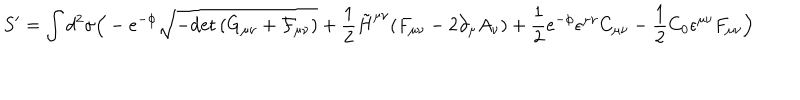
LaTeX: S ^ { \prime } = \int d ^ { 2 } \sigma \Big ( - e ^ { - \phi } \sqrt { - \mathrm { d e t } \, ( G _ { \mu \nu } + { \cal F } _ { \mu \nu } ) } + \frac { 1 } { 2 } \tilde { H } ^ { \mu \nu } ( F _ { \mu \nu } - 2 \partial _ { \mu } A _ { \nu } ) + \frac { 1 } { 2 } e ^ { - \phi } \epsilon ^ { \mu \nu } C _ { \mu \nu } - \frac { 1 } { 2 } C _ { 0 } \epsilon ^ { \mu \nu } F _ { \mu \nu } \Big )